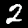
Label: 2